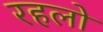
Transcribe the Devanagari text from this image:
रहलो